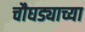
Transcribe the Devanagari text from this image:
चौघड्याच्या